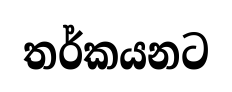
තර්කයනට